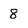
Character: 8